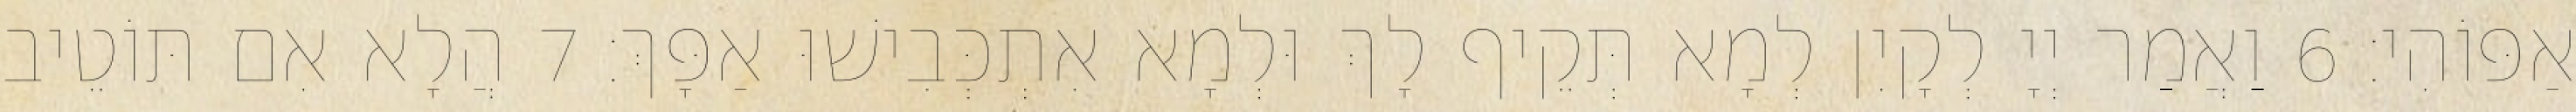
אַפּוֹהִי׃ 6 וַאֲמַר יְיָ לְקָיִן לְמָא תְּקֵיף לָךְ וּלְמָא אִתְכְּבִישׁוּ אַפָּךְ׃ 7 הֲלָא אִם תּוֹטֵיב